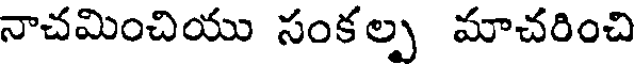
నాచమించియు సంకల్ప మాచరించి